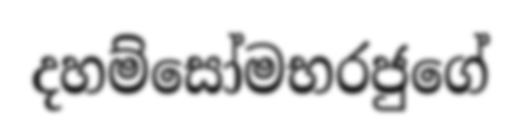
දහම්සෝමභරජුගේ